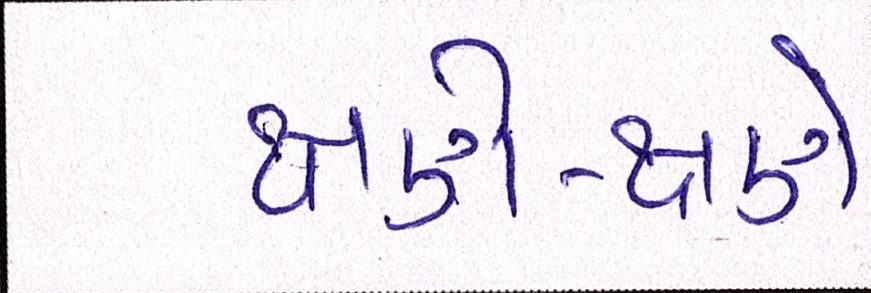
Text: ક્ષણે-ક્ષણે